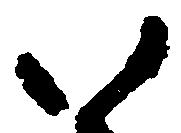
い